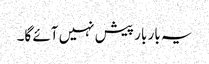
یہ بار بار پیش نہیں آئے گا۔